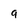
Character: 9